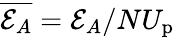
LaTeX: \overline{{\mathcal{E}_{A}}}={\mathcal{E}_{A}}/NU_{\mathrm{p}}